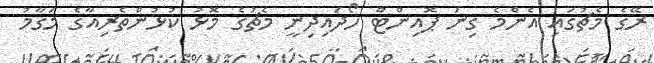
ރޭގެ މެޗުގައި އެންމެ ގިނަ ޕޮއިންޓް ހޯދައިދިނީ މެޗުގެ މޮޅު ކުޅުންތެރިއާގެ މަގާމު